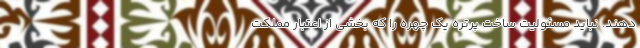
دهند. نباید مسئولیت ساخت پرتره یک چهره را که بخشی از اعتبار مملکت